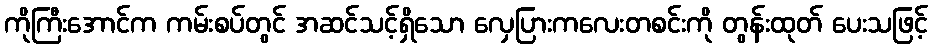
ကိုကြီးအောင်က ကမ်းစပ်တွင် အဆင်သင့်ရှိသော လှေပြားကလေးတစင်းကို တွန်းထုတ် ပေးသဖြင့်